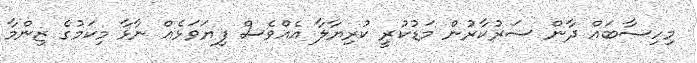
މިހިސާބައް ދާން ސަރުކާރުން މަޑުކުރީ ކުރިޔާލާ އެއްވެސް ފިޔަވަޅެއް ނާޅާ މިކަމުގެ ޒިންމާ